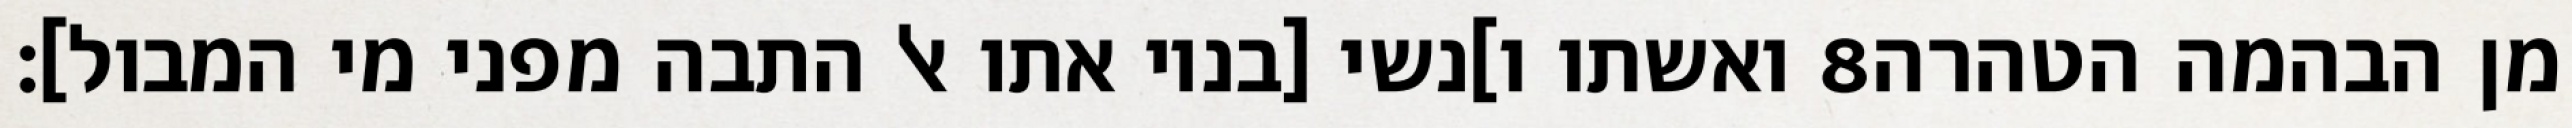
ואשתו ו]נשי [בניו אתו אל התבה מפני מי המבול]׃ ‎8‏ מן הבהמה הטהרה